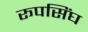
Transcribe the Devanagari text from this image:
रूपसिंघ